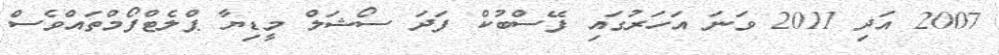
2007 އަދި 2011 ވަނަ އަހަރުގައި ފޭސްބުކް ފަދަ ސޯޝަލް މީޑިޔާ ޕްލެޓްފޯމްތައްވެސް